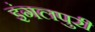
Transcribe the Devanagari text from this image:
इंगलपुरी